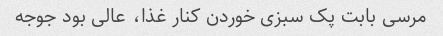
مرسی بابت پک سبزی خوردن کنار غذا، عالی بود جوجه